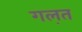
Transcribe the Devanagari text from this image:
गल़त